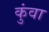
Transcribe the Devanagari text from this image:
कुंवा